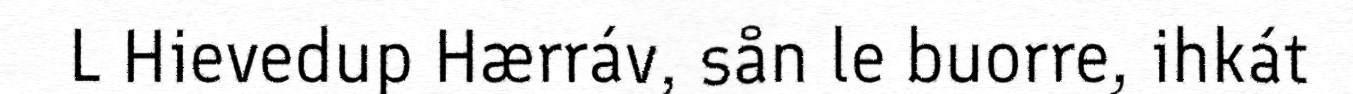
L Hievedup Hærráv, sån le buorre, ihkát